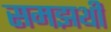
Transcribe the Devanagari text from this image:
समझथी